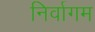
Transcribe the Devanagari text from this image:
निर्वागम